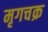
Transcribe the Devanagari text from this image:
मृगचक्र